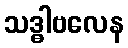
သဒ္ဓါဗလေန